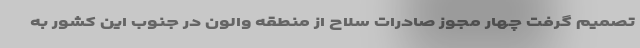
تصمیم گرفت چهار مجوز صادرات سلاح از منطقه والون در جنوب این کشور به